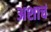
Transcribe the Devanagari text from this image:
अशाचं